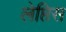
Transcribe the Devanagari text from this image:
लेप्तिस